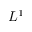
L ^ { 1 }